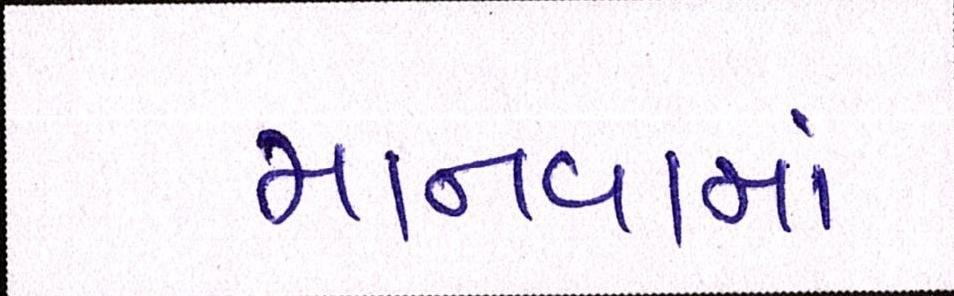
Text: માનવામાં